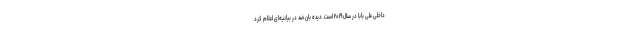
داخلی علی بابا در سال ۲۰۱۹ است. دیده بان ضد در بیانیه‌ای اعلام کرد